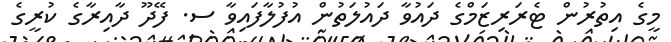
މީގެ އިތުރުން ޓެރަރިޒަމްގެ ދައުވާ ދައުލަތުން އުފުލާފައިވާ ސ. ފޭދޫ ދާއިރާގެ ކުރީގެ